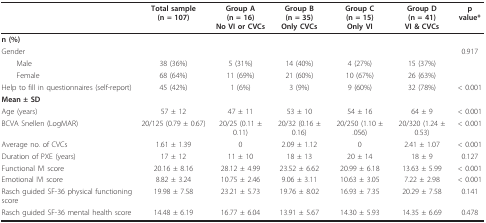
<table><thead><tr><td></td><td><b>Total sample (n = 107)</b></td><td><b>Group A (n = 16)No VI or CVCs</b></td><td><b>Group B (n = 35)Only CVCs</b></td><td><b>Group C (n = 15)Only VI</b></td><td><b>Group D (n = 41)VI &amp; CVCs</b></td><td><b>p value*</b></td></tr></thead><tbody><tr><td><b>n (%)</b></td><td></td><td></td><td></td><td></td><td></td><td></td></tr><tr><td>Gender</td><td></td><td></td><td></td><td></td><td></td><td>0.917</td></tr><tr><td> Male</td><td>38 (36%)</td><td>5 (31%)</td><td>14 (40%)</td><td>4 (27%)</td><td>15 (37%)</td><td></td></tr><tr><td> Female</td><td>68 (64%)</td><td>11 (69%)</td><td>21 (60%)</td><td>10 (67%)</td><td>26 (63%)</td><td></td></tr><tr><td>Help to fill in questionnaires (self-report)</td><td>45 (42%)</td><td>1 (6%)</td><td>3 (9%)</td><td>9 (60%)</td><td>32 (78%)</td><td>&lt; 0.001</td></tr><tr><td><b>Mean ± SD</b></td><td></td><td></td><td></td><td></td><td></td><td></td></tr><tr><td>Age (years)</td><td>57 ± 12</td><td>47 ± 11</td><td>53 ± 10</td><td>54 ± 16</td><td>64 ± 9</td><td>&lt; 0.001</td></tr><tr><td>BCVA Snellen (LogMAR)</td><td>20/125 (0.79 ± 0.67)</td><td>20/25 (0.11 ± 0.11)</td><td>20/32 (0.16 ± 0.16)</td><td>20/250 (1.10 ± .056)</td><td>20/320 (1.24 ± 0.53)</td><td>&lt; 0.001</td></tr><tr><td>Average no. of CVCs</td><td>1.61 ± 1.39</td><td>0</td><td>2.09 ± 1.12</td><td>0</td><td>2.41 ± 1.07</td><td>&lt; 0.001</td></tr><tr><td>Duration of PXE (years)</td><td>17 ± 12</td><td>11 ± 10</td><td>18 ± 13</td><td>20 ± 14</td><td>18 ± 9</td><td>0.127</td></tr><tr><td>Functional IVI score</td><td>20.16 ± 8.16</td><td>28.12 ± 4.99</td><td>23.52 ± 6.62</td><td>20.99 ± 6.18</td><td>13.63 ± 5.99</td><td>&lt; 0.001</td></tr><tr><td>Emotional IVI score</td><td>8.82 ± 3.24</td><td>10.75 ± 2.46</td><td>9.06 ± 3.11</td><td>10.63 ± 3.05</td><td>7.22 ± 2.98</td><td>&lt; 0.001</td></tr><tr><td>Rasch guided SF-36 physical functioning score</td><td>19.98 ± 7.58</td><td>23.21 ± 5.73</td><td>19.76 ± 8.02</td><td>16.93 ± 7.35</td><td>20.29 ± 7.58</td><td>0.141</td></tr><tr><td>Rasch guided SF-36 mental health score</td><td>14.48 ± 6.19</td><td>16.77 ± 6.04</td><td>13.91 ± 5.67</td><td>14.30 ± 5.93</td><td>14.35 ± 6.69</td><td>0.478</td></tr></tbody></table>